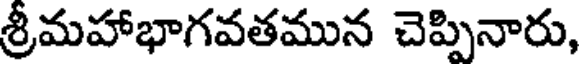
శ్రీమహాభాగవతమున చెప్పినారు,